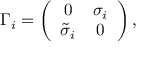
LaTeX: \Gamma _ { i } = \left( \begin{array} { c c } { { 0 } } & { { \sigma _ { i } } } \\ { { { \tilde { \sigma } } _ { i } } } & { { 0 } } \end{array} \right) ,